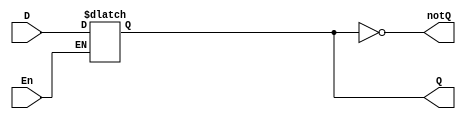
`timescale 1ns / 1ps
`default_nettype none

module d_latch_behavioral(
    //declare all ports
    output reg Q,   //described in behavioral statement
    output wire notQ,   //described in a dataflow statement
    input wire D, En    //wires can drive regs
);
    //describe behavior of D-latch
    always@(En or D)
        if(En)  //if En != 1'b0
            Q=D;
        //else Q=Q
    assign notQ = ~Q;   //regs can drive wires
endmodule